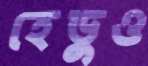
হেডুও